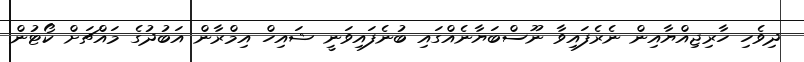
ދިވެހި ހާރިޖިއްޔާއިން ނެރެފައިވާ ނޫސްބަޔާނެއްގައި ބުނެފައިވަނީ ޝައިހް އިމްރާން އަބުދުގެ މައްޗަށް ކޯޓުން